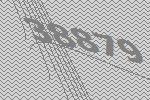
38879